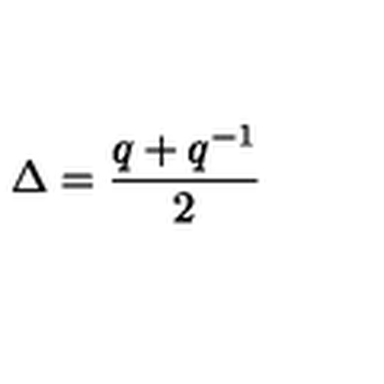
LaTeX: \Delta = \frac { q + q ^ { - 1 } } { 2 }